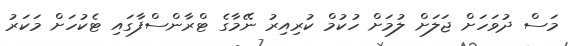
މަސް ދުވަހަށް ޖަލަށް ލުމަށް ހުކުމް ކުރިއިރު ނޭމާގެ ޓްރާންސްފާގައި ޓެކުހަށް މަކަރު